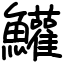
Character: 鱹